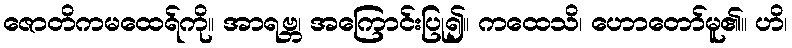
ဇောတိကမထေရ်ကို။ အာရဗ္ဘ၊ အကြောင်းပြု၍။ ကထေသိ၊ ဟောတော်မူ၏။ ဟိ၊